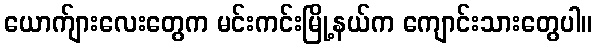
ယောက်ျားလေးတွေက မင်းကင်းမြို့နယ်က ကျောင်းသားတွေပါ။